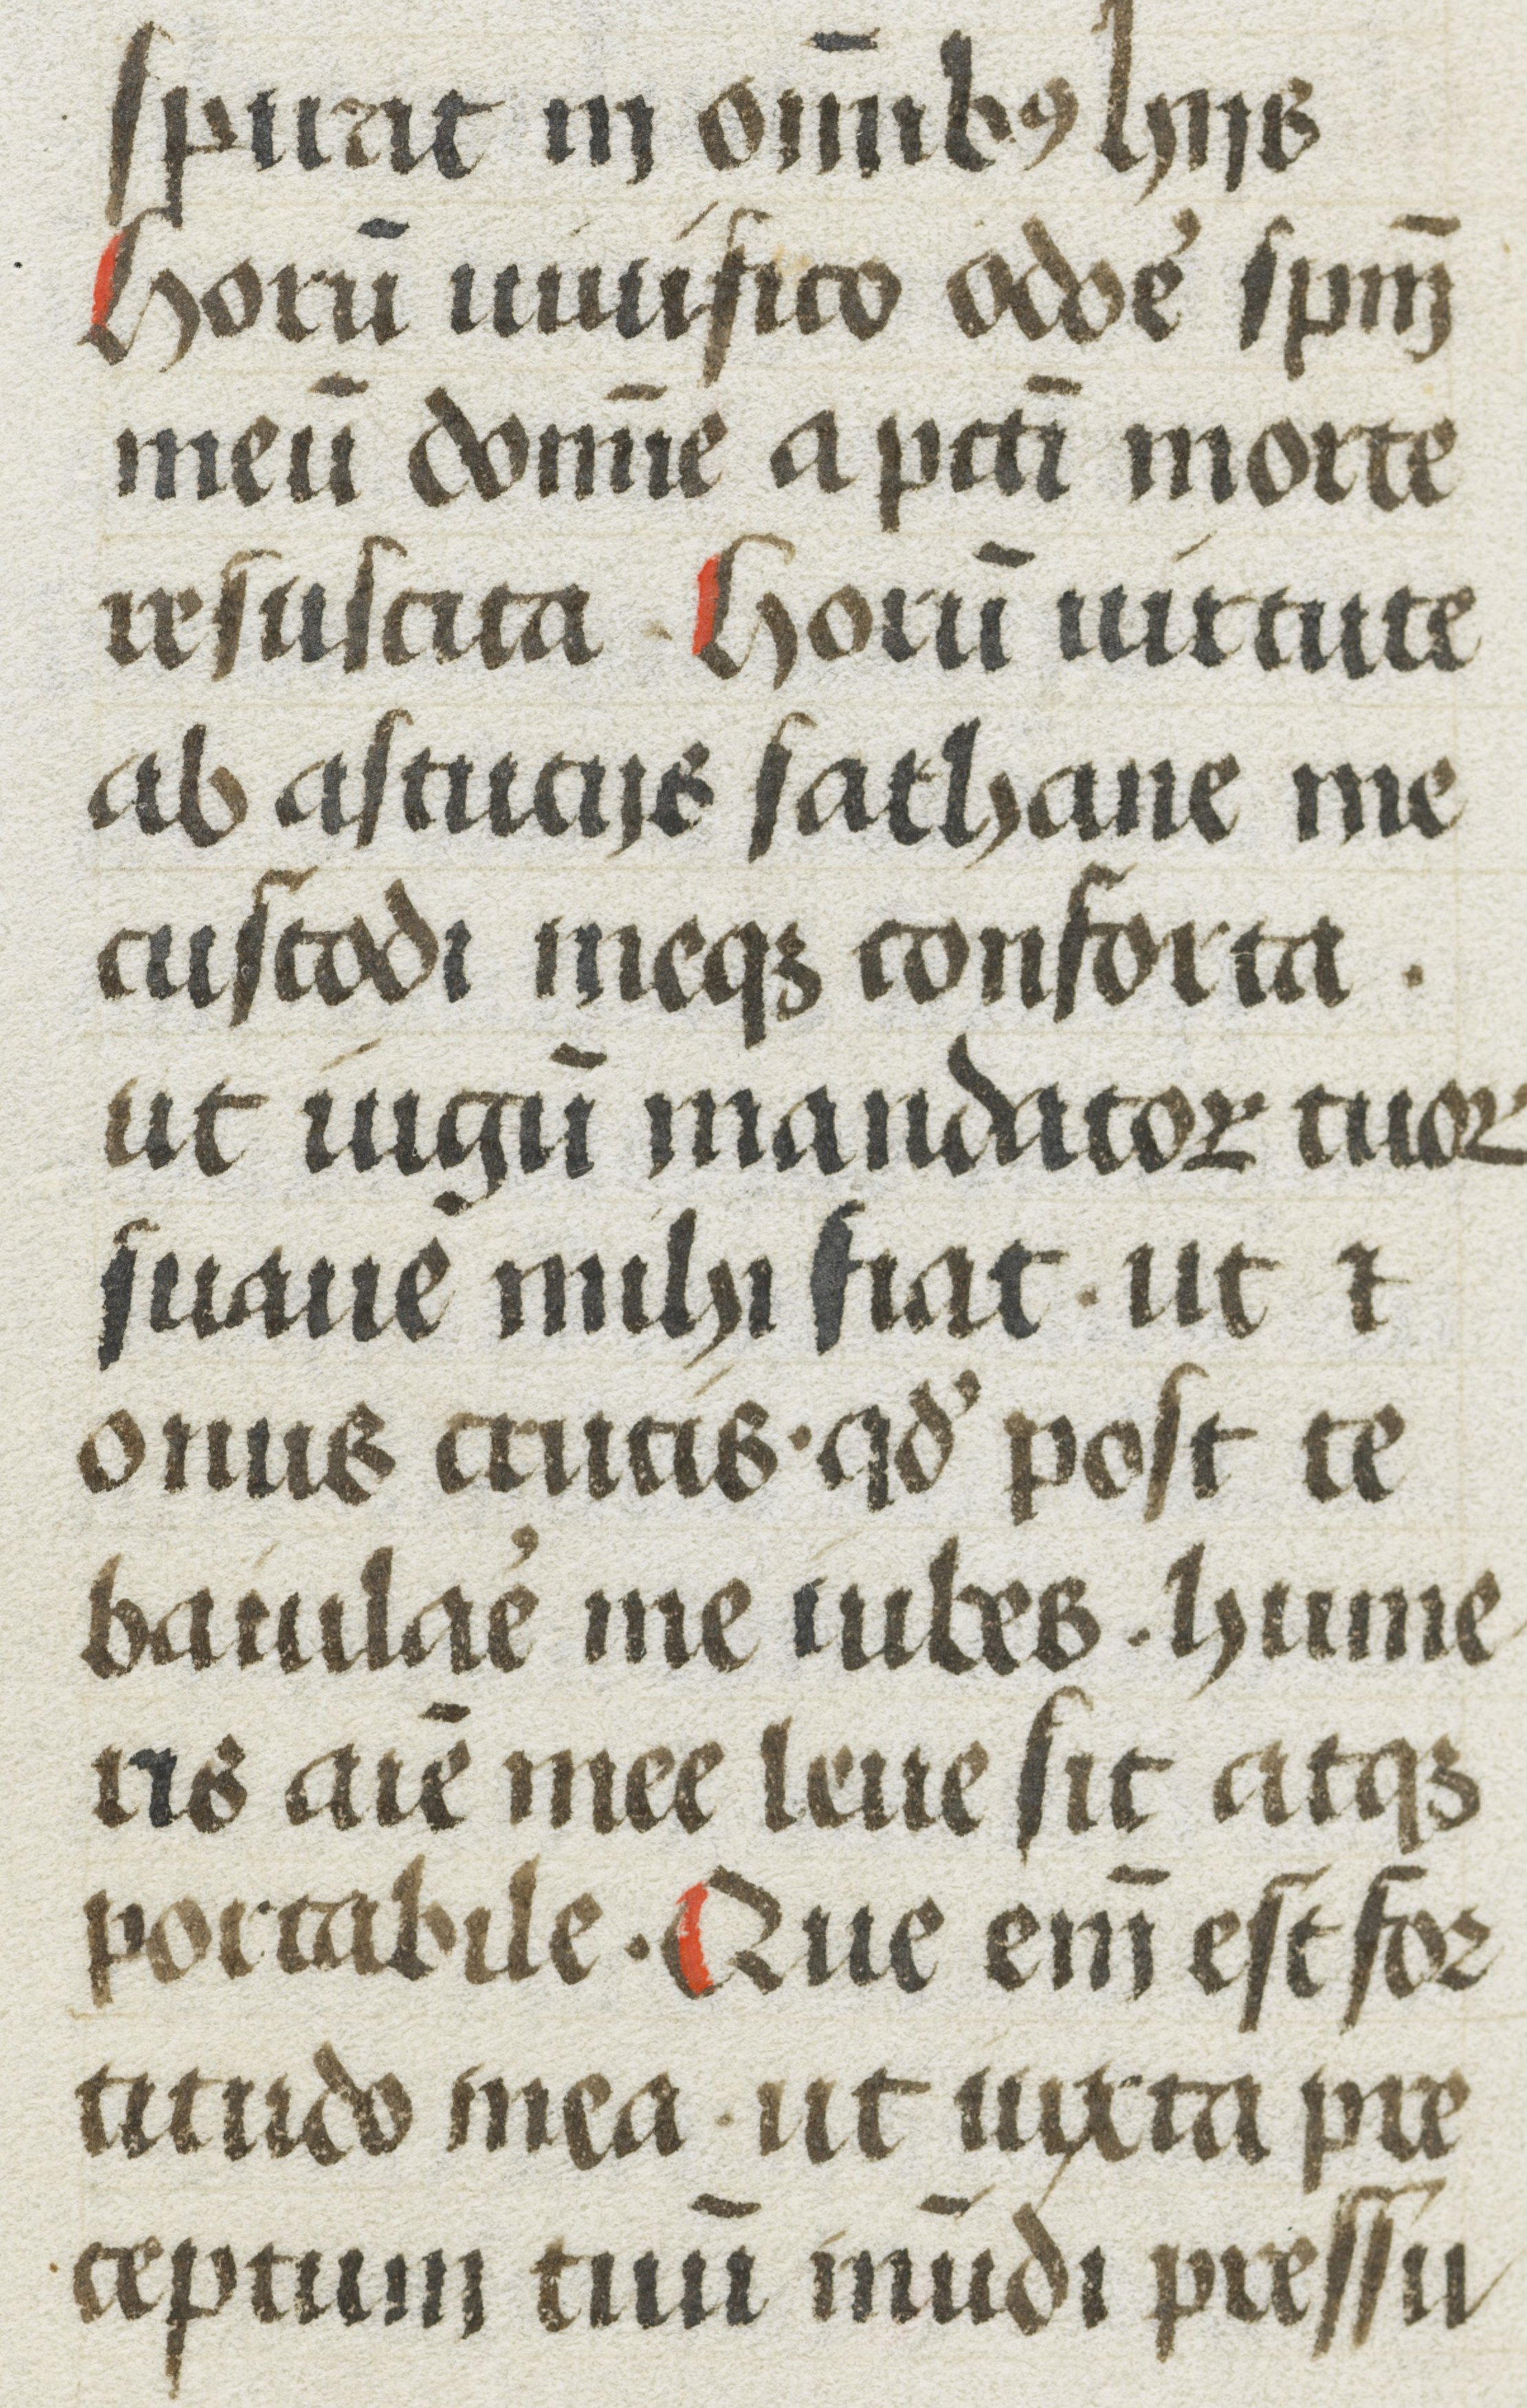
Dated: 1480–1480